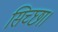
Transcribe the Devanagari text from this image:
सिच्‍छा।